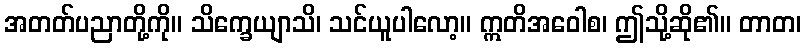
အတတ်ပညာတို့ကို။ သိက္ခေယျာသိ၊ သင်ယူပါလော့။ ဣတိအဝေါစ၊ ဤသို့ဆို၏။ တာတ၊